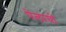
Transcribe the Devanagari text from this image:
पेलायो